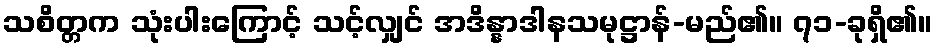
သစိတ္တက သုံးပါးကြောင့် သင့်လျှင် အဒိန္နာဒါနသမုဋ္ဌာန်-မည်၏။ ၇၁-ခုရှိ၏။